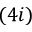
( 4 i )